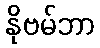
နိုဗမ်ဘာ